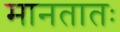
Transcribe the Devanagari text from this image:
मानतातः